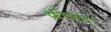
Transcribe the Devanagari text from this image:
फ़ीसद।